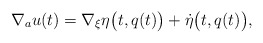
\begin{gather*} \nabla _a u (t) = \nabla _\xi \eta \bigl( t, q (t) \bigr) + \dot{\eta } \bigl( t, q (t) \bigr) , \end{gather*}